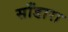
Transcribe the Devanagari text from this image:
साँडारा